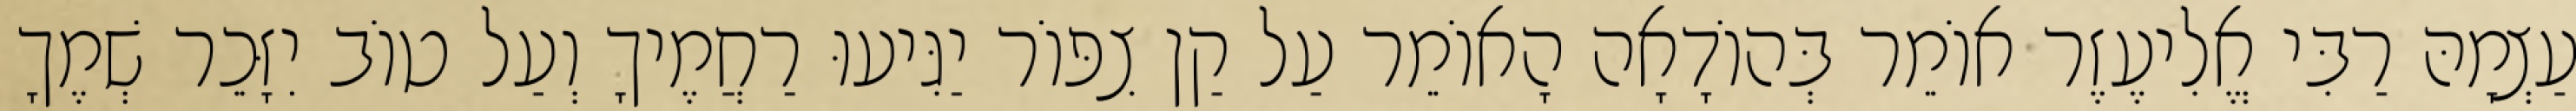
עַצְמָהּ רַבִּי אֱלִיעֶזֶר אוֹמֵר בְּהוֹדָאָה הָאוֹמֵר עַל קַן צִפּוֹר יַגִּיעוּ רַחֲמֶיךָ וְעַל טוֹב יִזָּכֵר שְׁמֶךָ